Vaccination in the Punjab 1905-1918 - 1905-1918
Year: 1905
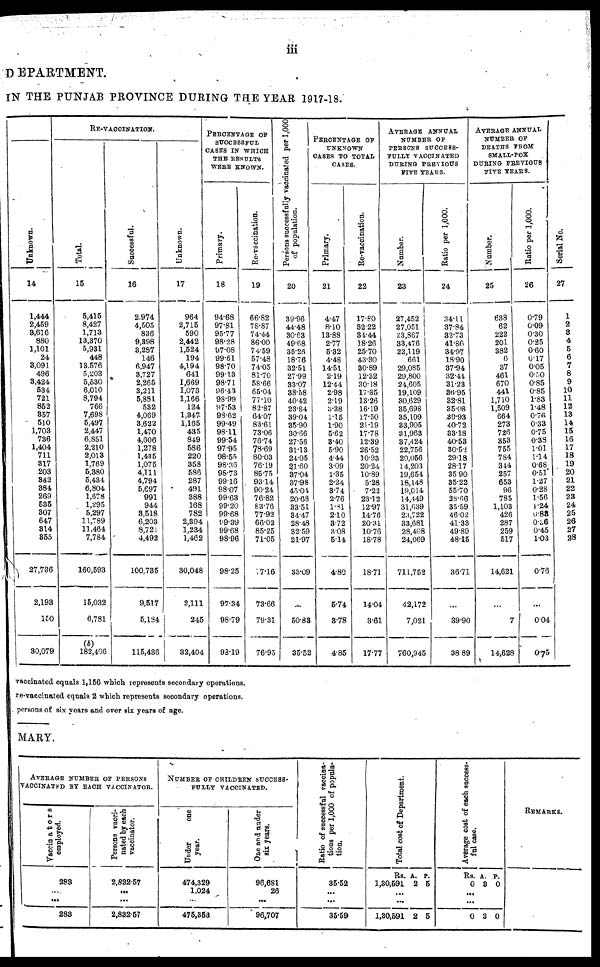
iii
DEPARTMENT.
IN THE PUNJAB PROVINCE DURING THE YEAR 1917-18.
Unknown.
14
1,444
2,459
3,616
880
1,101
24
3,091
496
3,424
534
721
852
357
510
1,703
736
1,404
711
317
203
342
384
269
535
307
647
314
355
27,736
2,193
150
30,079
RE-VACCINATION.
Total.
15
5,415
8,427
1,713
13,370
5,931
448
13,576
5,203
5,530
6,010
8,794
766
7,698
5,497
2,447
6,851
2,210
2,013
1,769
5,380
5,434
6,804
1,678
1,295
5,297
11,789
11,464
7,784
160,593
15,032
6,781
(b)
182,406
Successful.
16
2,974
4,505
836
9,398
3,287
146
6,947
3,727
2,265
3,211
5,881
532
4,069
3,622
1,470
4,606
1,278
1,435
1,075
4,111
4,794
5,697
991
944
3,518
6,203
8,721
4,492
100,735
9,517
5,184
115,436
Unknown.
17
964
2,715
590
2,442
1,524
194
4,194
641
1,669
1,073
1,166
124
1,347
1,165
435
849
586
220
358
586
287
491
388
168
782
2,394
1,234
1,462
30,048
2,111
245
32,404
PERCENTAGE OF
SUCCESSFUL
CASES IN WHICH
THE RESULTS
WERE KNOWN.
Primary.
18
94.68
97.81
95.77
98.28
97.08
99.61
98.70
99.13
98.71
96.43
98.99
97.53
98.62
99.49
98.11
99.54
97.95
98.55
98.36
98.73
99.16
98.07
99.63
99.20
99.68
99.39
99.68
98.96
98.25
97.34
98.79
98.19
Re-vaccination.
19
66.82
78.87
74.44
86.00
74.59
57.48
74.05
81.70
58.66
65.04
77.10
82.87
64.07
83.61
73.06
76.74
78.69
80.03
76.19
85.75
93.14
90.24
76.82
83.76
77.92
66.02
85.25
71.05
17.16
73.66
79.31
76.95
Persons successfully vaccinated per 1,000
of population.
20
39.96
44.48
30.63
49.68
35.26
18.76
32.51
27.99
33.07
38.58
40.42
23.84
39.04
35.90
30.66
27.56
31.13
24.05
2.1.60
37.04
37.98
45.01
20.68
33.51
34.47
28.48
32.59
21.97
33.09
50.83
35.52
PERCENTAGE OF
UNKNOWN
CASES TO TOTAL
CASES.
Primary.
21
4.47
8.10
13.88
2.77
5.32
4.48
14.51
2.19
12.44
2.98
219
3.38
1.15
1.90
5.62
3.40
5.90
4.44
3.09
1.35
2.24
3.74
2.76
1.81
2.10
3.72
3.08
5.14
4.80
5.74
3.78
4.85
Re-vaccination.
22
17.80
32.22
34.44
18.26
25.70
43.30
30.89
12.32
30.18
17.85
13.26
16.19
17.50
21.19
17.78
12.39
26.52
10.93
20.24
10.89
5.28
7.22
23.12
12.97
14.76
20.31
10.76
18.78
18.71
14.04
3.61
17.77
AVERAGE ANNUAL
NUMBER OF
PERSONS SUCCESS-
FULLY VACCINATED
DURING PREVIOUS
FIVE YEARS.
Number.
23
27,452
27,051
23,867
33,476
22,119
661
29,085
29,800
24,605
19,109
30,629
35,698
35,109
33,905
31,963
37,424
22,756
20,056
14,203
19,654
18,148
19,014
14,449
31,639
23,722
33,681
28,408
24,069
711,752
42,172
7,021
760,945
Ratio per 1,000.
24
34.11
37.84
32.73
41.86
34.97
18.90
37.94
32.44
31.23
36.95
32.81
35.08
39.93
40.72
33.18
40.53
30.52
29.18
28.17
35.90
35.22
55.70
28.66
35.59
46.02
41.33
49.89
48.15
36.71
...
39.90
38.89
AVERAGE ANNUAL
NUMBER OF
DEATHS FROM
SMALL-POX
DURING PREVIOUS
FIVE YEARS.
Number.
25
638
62
222
201
382
6
37
461
670
441
1,710
1,509
664
273
726
353
755
784
344
257
653
96
785
1,103
426
287
259
517
14,621
...
7
14,628
Ratio per 1,000.
26
0.79
0.09
0.30
0.25
0.60
0.17
0.05
0.50
0.85
0.85
1.83
1.48
0.76
0.33
0.75
0.33
1.01
1.14
0.68
0.51
1.27
0.28
1.56
1.24
0.83
0.36
0.45
1.03
0.76
...
0.04
0.75
Serial No.
27
1
2
3
4
5
6
7
8
9
10
11
12
13
14
15
16
17
18
19 20
21 22
23
24
25
26
27
28
vaccinated equals 1,156 which represents secondary operations.
re-vaccinated equals 2 which represents secondary operations.
persons of six years and over six years of age.
MARY.
AVERAGE NUMBER OF PERSONS
VACCINATED BY EACH VACCINATOR.
Vaccinators
employed.
283
...
...
283
Persons vacci-
nated by each
vaccinator.
2,832.57
...
...
2,832.57
NUMBER OF CHILDREN SUCCESS-
FULLY VACCINATED.
Under
one
year.
474,329
1,024
...
475,353
One and under
six years.
96,681
26
...
96,707
Ratio of successful vaccina-
tions per 1,000 of popula-
tion.
35.52
...
...
35.59
Total cost
of Department.
Rs.
1,30,591
A.
2
P.
5
...
...
1,30,591 2 5
Average cost of each success-
ful case.
Rs.
0
A.
3
P.
0
...
...
0 3 0
REMARKS.